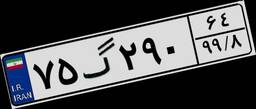
۷۵گ۲۹۰۶۴